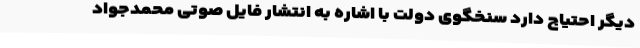
دیگر احتیاج دارد سنخگوی دولت با اشاره به انتشار فایل صوتی محمدجواد